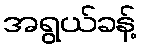
အရွယ်ခန့်